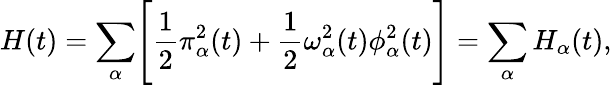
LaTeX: H(t)=\sum_{\alpha}\Biggl[\frac{1}{2}\pi_{\alpha}^{2}(t)+\frac{1}{2}\omega_{\alpha}^{2}(t)\phi_{\alpha}^{2}(t)\Biggr]=\sum_{\alpha}H_{\alpha}(t),